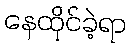
နေထိုင်ခဲ့ရာ